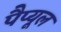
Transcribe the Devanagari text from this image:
पैप्यूल